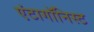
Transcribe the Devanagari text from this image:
एंटागॉनिस्ट